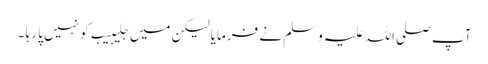
آپ صلی اللہ علیہ وسلم نے فرمایا لیکن میں جلیبیب کو نہیں پا رہا ۔